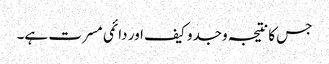
جس کا نتیجہ وجدو کیف اور دائمی مسرت ہے۔